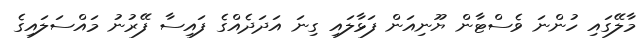
މާލޭގައި ހުންނަ ވެސްޓާން ޔޫނިއަން ފަޅާލައި ގިނަ އަދަދެއްގެ ފައިސާ ފޭރުނު މައްސަލައިގެ